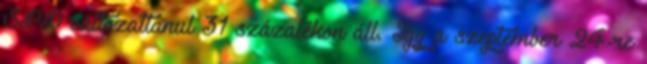
SPD változatlanul 31 százalékon áll. Így a szeptember 24-re